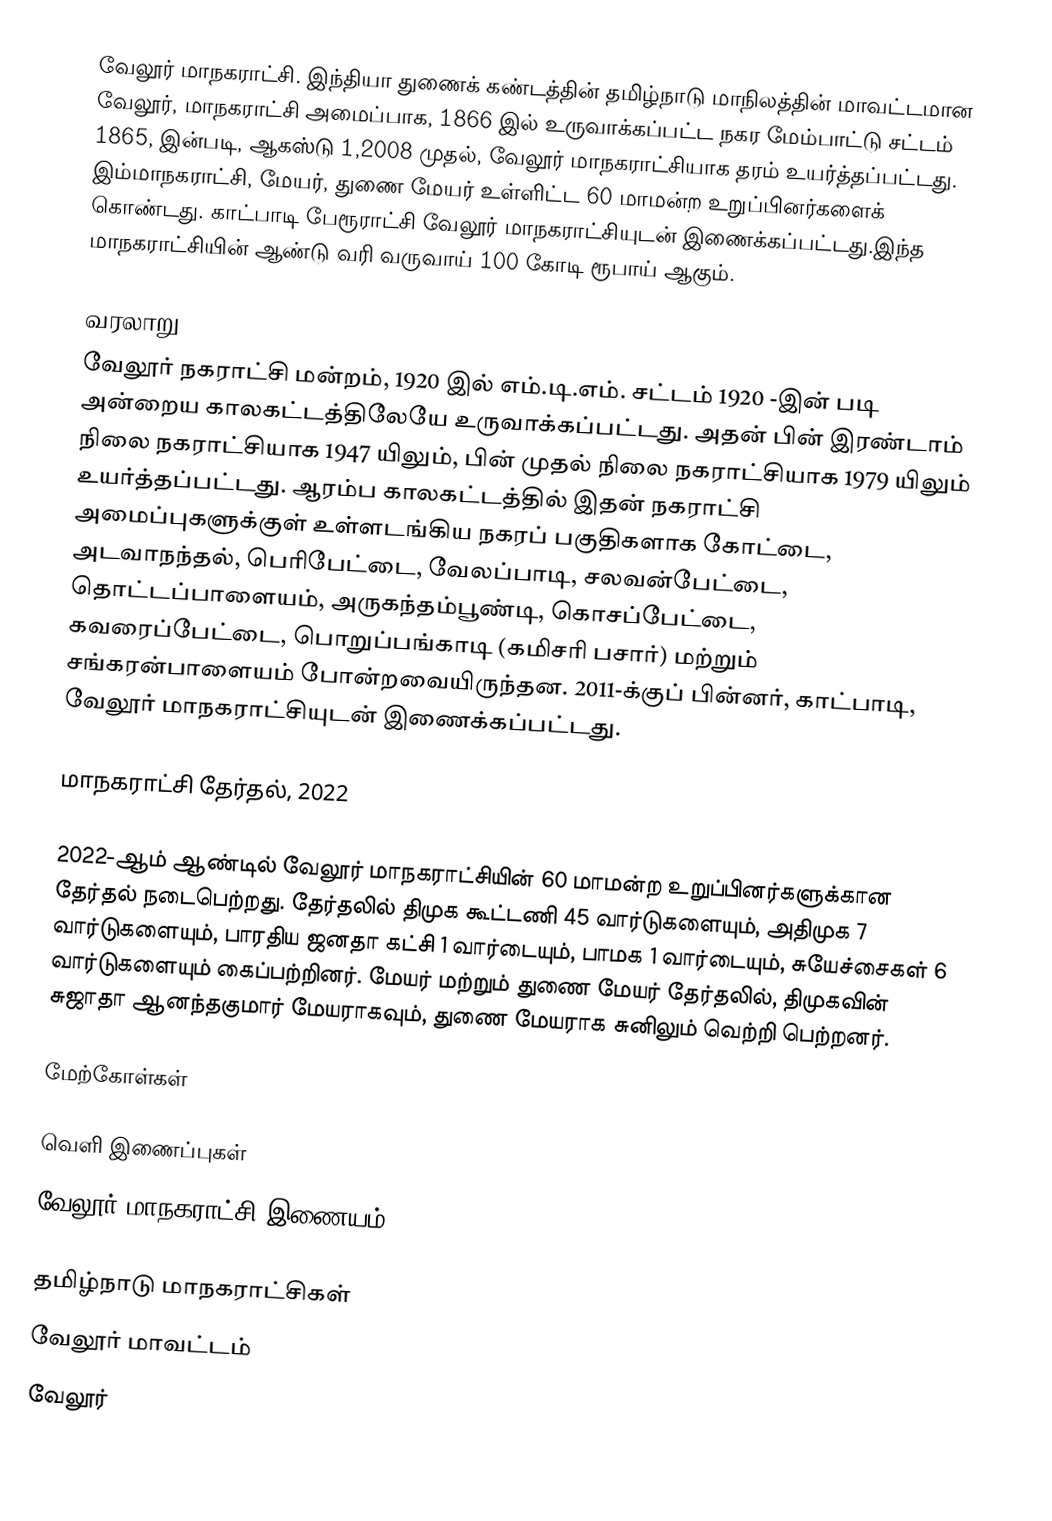
வேலூர் மாநகராட்சி. இந்தியா துணைக் கண்டத்தின் தமிழ்நாடு மாநிலத்தின் மாவட்டமான வேலூர், மாநகராட்சி அமைப்பாக, 1866 இல் உருவாக்கப்பட்ட நகர மேம்பாட்டு சட்டம் 1865, இன்படி, ஆகஸ்டு 1,2008 முதல்,  வேலூர் மாநகராட்சியாக தரம் உயர்த்தப்பட்டது. இம்மாநகராட்சி, மேயர், துணை மேயர் உள்ளிட்ட 60 மாமன்ற உறுப்பினர்களைக் கொண்டது. காட்பாடி பேரூராட்சி வேலூர் மாநகராட்சியுடன் இணைக்கப்பட்டது.இந்த மாநகராட்சியின் ஆண்டு வரி வருவாய் 100 கோடி ரூபாய் ஆகும்.

வரலாறு
வேலூர் நகராட்சி மன்றம், 1920 இல் எம்.டி.எம். சட்டம் 1920 -இன் படி அன்றைய காலகட்டத்திலேயே உருவாக்கப்பட்டது. அதன் பின்  இரண்டாம் நிலை நகராட்சியாக 1947 யிலும், பின் முதல் நிலை நகராட்சியாக 1979 யிலும் உயர்த்தப்பட்டது. ஆரம்ப காலகட்டத்தில் இதன் நகராட்சி அமைப்புகளுக்குள் உள்ளடங்கிய நகரப் பகுதிகளாக கோட்டை, அடவாநந்தல், பெரிபேட்டை, வேலப்பாடி, சலவன்பேட்டை, தொட்டப்பாளையம், அருகந்தம்பூண்டி, கொசப்பேட்டை, கவரைப்பேட்டை, பொறுப்பங்காடி (கமிசரி பசார்) மற்றும் சங்கரன்பாளையம் போன்றவையிருந்தன. 2011-க்குப் பின்னர், காட்பாடி, வேலூர் மாநகராட்சியுடன் இணைக்கப்பட்டது.

மாநகராட்சி தேர்தல், 2022

2022-ஆம் ஆண்டில் வேலூர் மாநகராட்சியின் 60 மாமன்ற உறுப்பினர்களுக்கான தேர்தல் நடைபெற்றது. தேர்தலில் திமுக கூட்டணி 45  வார்டுகளையும், அதிமுக 7 வார்டுகளையும், பாரதிய ஜனதா கட்சி 1 வார்டையும், பாமக 1 வார்டையும்,  சுயேச்சைகள் 6 வார்டுகளையும் கைப்பற்றினர்.  மேயர் மற்றும் துணை மேயர் தேர்தலில்,  திமுகவின் சுஜாதா ஆனந்தகுமார் மேயராகவும், துணை மேயராக சுனிலும்  வெற்றி பெற்றனர்.

மேற்கோள்கள்

வெளி இணைப்புகள்
வேலூர் மாநகராட்சி இணையம்

தமிழ்நாடு மாநகராட்சிகள்
வேலூர் மாவட்டம்
வேலூர்